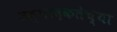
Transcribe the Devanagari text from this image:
उत्पादकतेच्या